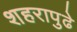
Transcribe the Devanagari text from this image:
शहरापुढे